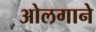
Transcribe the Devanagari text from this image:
ओलगाने